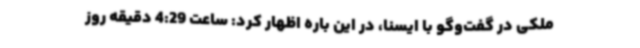
ملکی در گفت‌وگو با ایسنا، در این باره اظهار کرد: ساعت 4:29 دقیقه روز